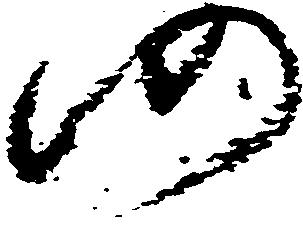
仍